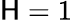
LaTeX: \mathsf{H}=1